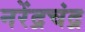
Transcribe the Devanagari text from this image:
नरेंद्रचंद्र